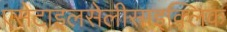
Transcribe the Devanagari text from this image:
एसेटाइलसेलीसाइक्लिक